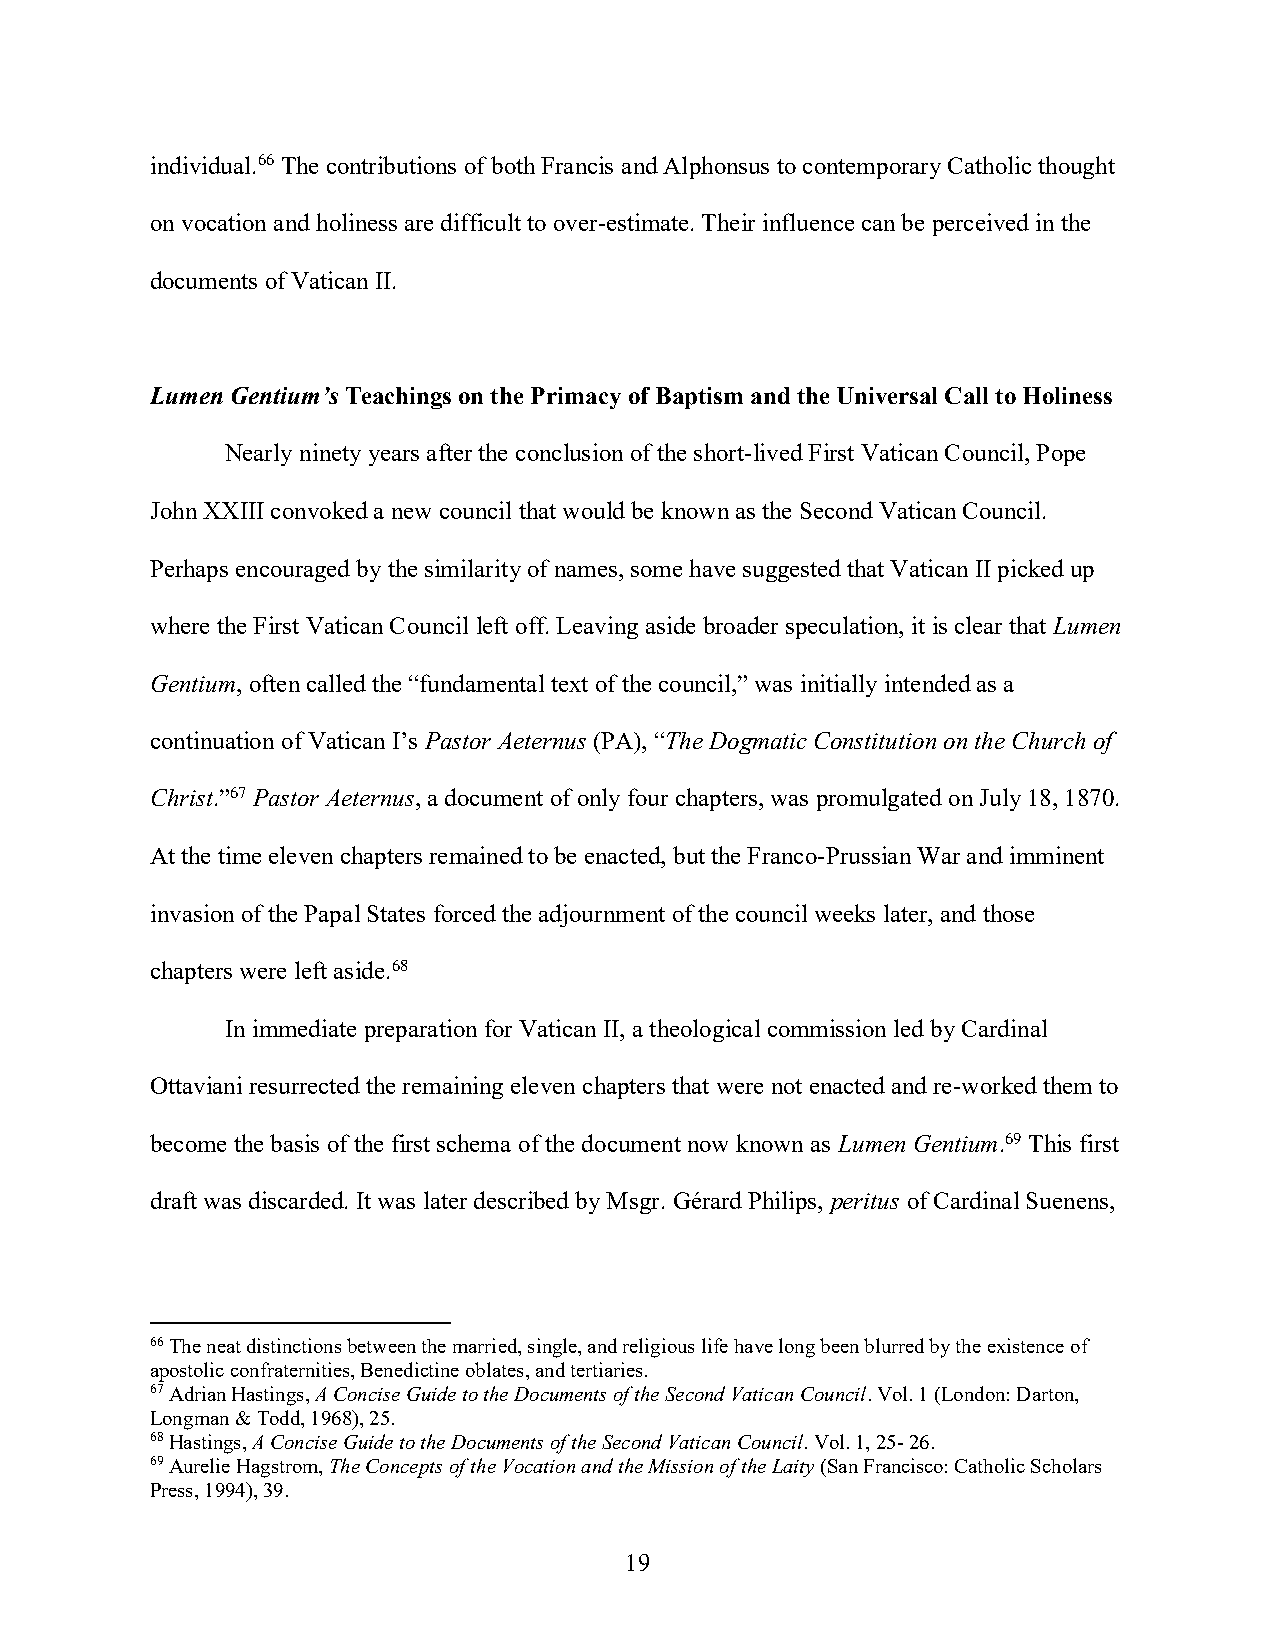
individual.66 The contributions of both Francis and Alphonsus to contemporary Catholic thought
 on vocation and holiness are difficult to over-estimate. Their influence can be perceived in the
 documents of Vatican II.
 Lumen Gentium’s Teachings on the Primacy of Baptism and the Universal Call to Holiness
 Nearly ninety years after the conclusion of the short-lived First Vatican Council, Pope
 John XXIII convoked a new council that would be known as the Second Vatican Council.
 Perhaps encouraged by the similarity of names, some have suggested that Vatican II picked up
 where the First Vatican Council left off. Leaving aside broader speculation, it is clear that Lumen
 Gentium, often called the “fundamental text of the council,” was initially intended as a
 continuation of Vatican I’s Pastor Aeternus (PA), “The Dogmatic Constitution on the Church of
 Christ.”67 Pastor Aeternus, a document of only four chapters, was promulgated on July 18, 1870.
 At the time eleven chapters remained to be enacted, but the Franco-Prussian War and imminent
 invasion of the Papal States forced the adjournment of the council weeks later, and those
 chapters were left aside.68
 In immediate preparation for Vatican II, a theological commission led by Cardinal
 Ottaviani resurrected the remaining eleven chapters that were not enacted and re-worked them to
 become the basis of the first schema of the document now known as Lumen Gentium.69 This first
 draft was discarded. It was later described by Msgr. Gérard Philips, peritus of Cardinal Suenens,
 66 The neat distinctions between the married, single, and religious life have long been blurred by the existence of
 apostolic confraternities, Benedictine oblates, and tertiaries.
 67 Adrian Hastings, A Concise Guide to the Documents of the Second Vatican Council. Vol. 1 (London: Darton,
 Longman & Todd, 1968), 25.
 68 Hastings, A Concise Guide to the Documents of the Second Vatican Council. Vol. 1, 25- 26.
 69 Aurelie Hagstrom, The Concepts of the Vocation and the Mission of the Laity (San Francisco: Catholic Scholars
 Press, 1994), 39.
 19